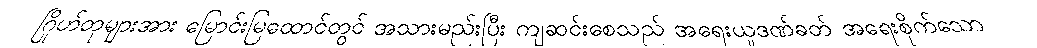
ဂြိုဟ်တုများအား မြောင်းမြထောင်တွင် အသားမည်းပြီး ကျဆင်းစေသည် အရေးယူဒဏ်ခတ် အရေးစိုက်သော